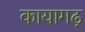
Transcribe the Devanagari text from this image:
कायागढ़